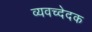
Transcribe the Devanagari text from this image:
व्यवच्देदक